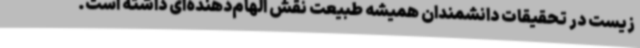
زیست در تحقیقات دانشمندان همیشه طبیعت نقش الهام‌دهنده‌ای داشته است.